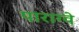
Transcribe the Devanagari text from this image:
पाराग्वे